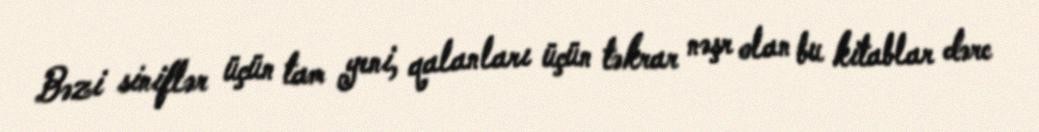
Bəzi siniflər üçün tam yeni, qalanları üçün təkrar nəşr olan bu kitablar dərc